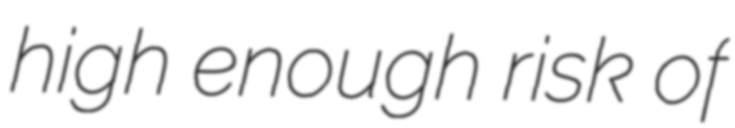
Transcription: high enough risk of